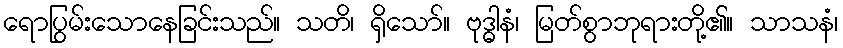
ရောပြွမ်းသောနေခြင်းသည်။ သတိ၊ ရှိသော်။ ဗုဒ္ဓါနံ၊ မြတ်စွာဘုရားတို့၏။ သာသနံ၊